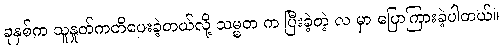
ခုနှစ်က သူနှုတ်ကတိပေးခဲ့တယ်လို့ သမ္မတ က ပြီးခဲ့တဲ့ လ မှာ ပြောကြားခဲ့ပါတယ်။